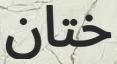
ختان